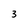
Character: 3